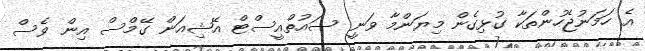
އެ ހަމަނުޖެހުންތަކާ ގުޅިގެން މިޔަންމާ ވަނީ ސައުތްއީސްޓް އޭޝިއަން ގޭމްސް އިން ވެސް